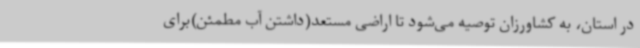
در استان، به کشاورزان توصیه می‌شود تا اراضی مستعد(داشتن آب مطمئن)برای